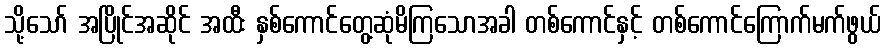
သို့သော် အပြိုင်အဆိုင် အထီး နှစ်ကောင်တွေ့ဆုံမိကြသောအခါ တစ်ကောင်နှင့် တစ်ကောင်ကြောက်မက်ဖွယ်